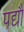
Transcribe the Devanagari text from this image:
पद्यौं